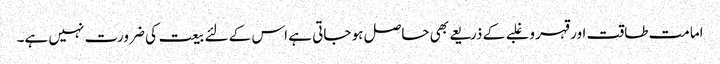
امامت طاقت اور قہر و غلبے کے ذریعے بھی حاصل ہو جاتی ہے اس کے لئے بیعت کی ضرورت نہیں ہے۔